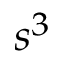
s ^ { 3 }